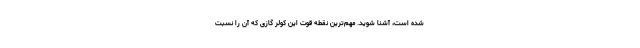
شده است، آشنا شوید. مهم‌ترین نقطه قوت این کولر گازی که آن را نسبت